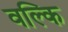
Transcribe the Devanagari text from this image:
वल्‍कि